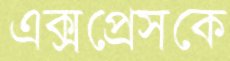
এক্সপ্রেসকে